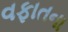
વફાતના